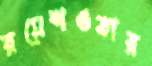
রমেশওতার